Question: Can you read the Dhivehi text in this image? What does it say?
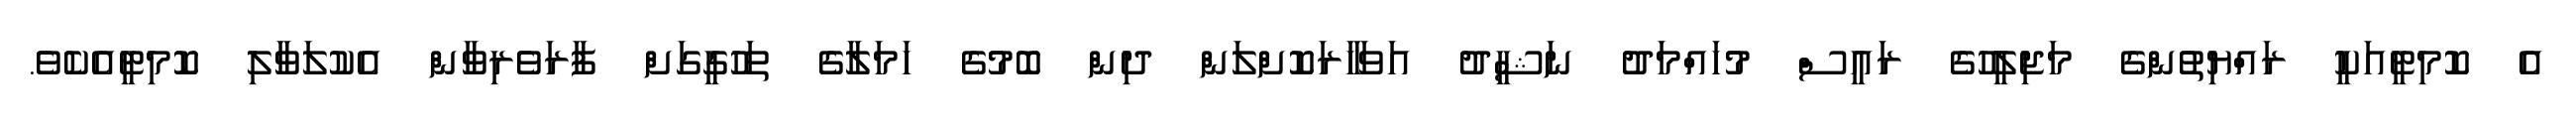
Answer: އެ ކޮމިޓީއަކީ ރައްޔިތުންގެ މަޖިލީހުގެ ރައީސް މުހައްމަދު ނަޝީދު އަވަހާރަކޮށްލަން ދިން ބޮމުގެ ހަމަލާގެ ތަހުގީގަށް ފާރަވެރިވާން އެކުލަވާލި ކޮމިޓީއެކެވެ.